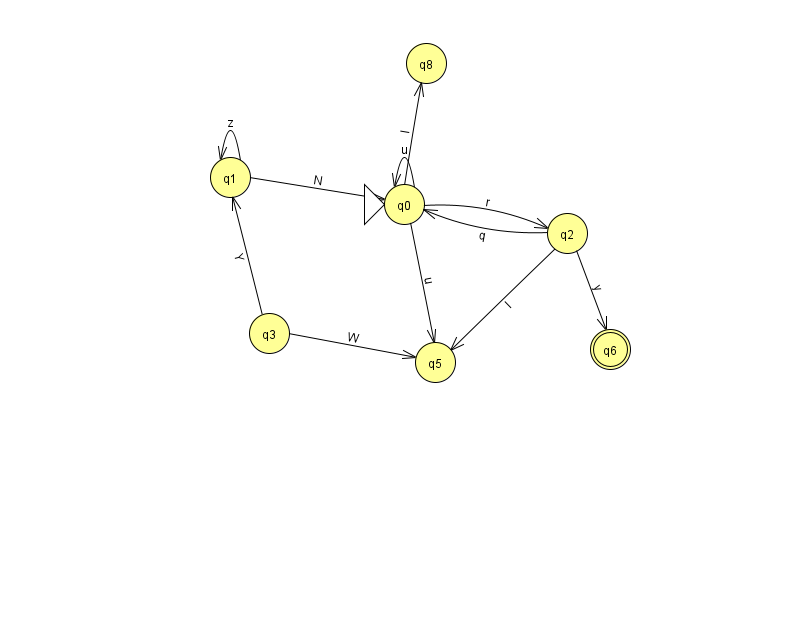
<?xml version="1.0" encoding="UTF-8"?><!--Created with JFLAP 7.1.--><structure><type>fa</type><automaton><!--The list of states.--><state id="0" name="q0"><x>404.0</x><y>191.0</y><initial/></state><state id="1" name="q1"><x>230.0</x><y>164.0</y></state><state id="2" name="q2"><x>567.0</x><y>220.0</y></state><state id="3" name="q3"><x>269.0</x><y>320.0</y></state><state id="5" name="q5"><x>435.0</x><y>349.0</y></state><state id="6" name="q6"><x>610.0</x><y>336.0</y><final/></state><state id="8" name="q8"><x>426.0</x><y>50.0</y></state><!--The list of transitions.--><transition><from>0</from><to>8</to><read>l</read></transition><transition><from>2</from><to>5</to><read>I</read></transition><transition><from>3</from><to>1</to><read>Y</read></transition><transition><from>0</from><to>0</to><read>u</read></transition><transition><from>0</from><to>2</to><read>r</read></transition><transition><from>2</from><to>0</to><read>q</read></transition><transition><from>1</from><to>0</to><read>N</read></transition><transition><from>0</from><to>5</to><read>u</read></transition><transition><from>3</from><to>5</to><read>W</read></transition><transition><from>1</from><to>1</to><read>z</read></transition><transition><from>2</from><to>6</to><read>y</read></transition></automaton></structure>